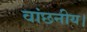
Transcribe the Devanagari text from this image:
वांछनीय।